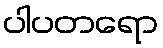
ပါပတရော